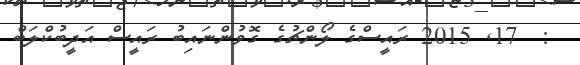
:  17